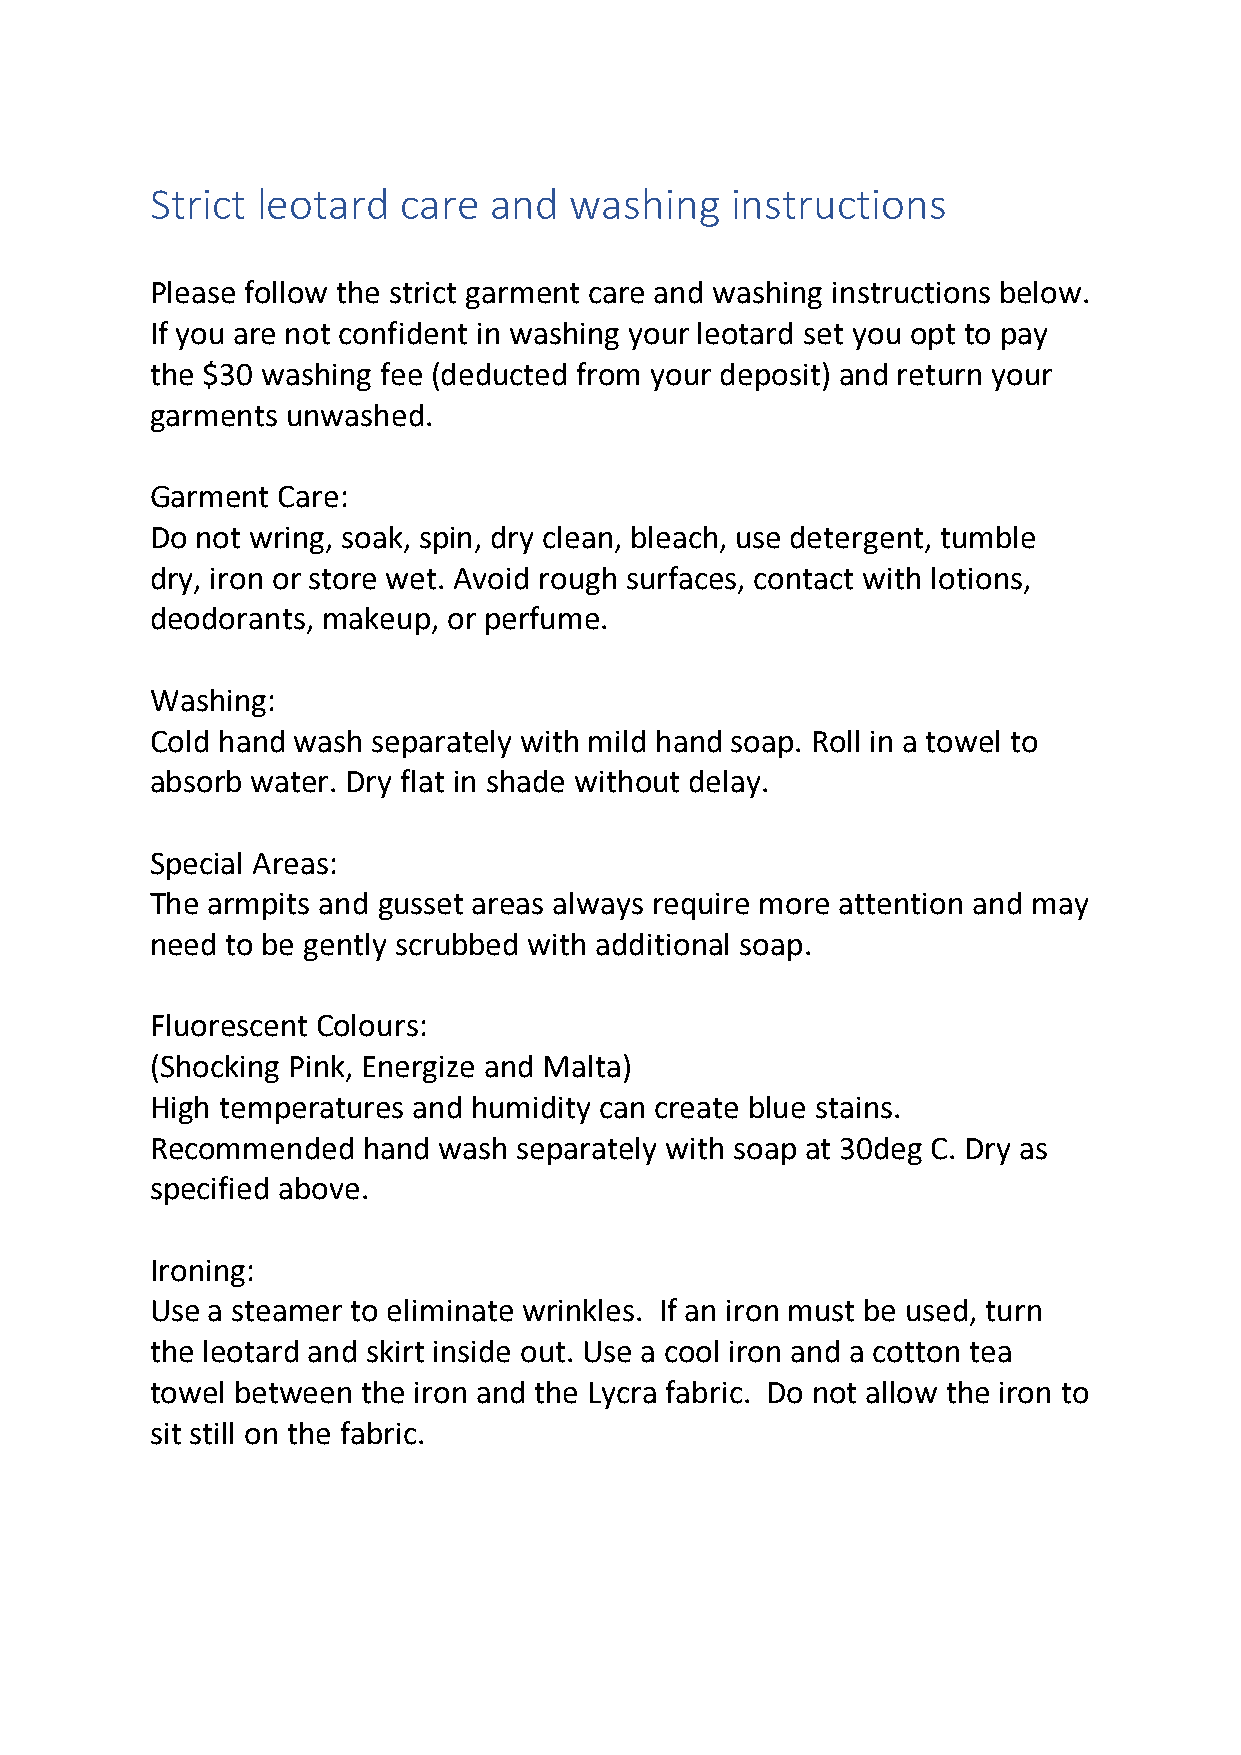
Strict leotard  care  and   washing   instructions
 Please follow the strict garment care and washing instructions below.
 If you are not confident in washing your leotard set you opt to pay
 the $30 washing fee (deducted from your deposit) and return your
 garments unwashed.
 Garment Care:
 Do not wring, soak, spin, dry clean, bleach, use detergent, tumble
 dry, iron or store wet. Avoid rough surfaces, contact with lotions,
 deodorants, makeup, or perfume.
 Washing:
 Cold hand wash separately with mild hand soap. Roll in a towel to
 absorb water. Dry flat in shade without delay.
 Special Areas:
 The armpits and gusset areas always require more attention and may
 need to be gently scrubbed with additional soap.
 Fluorescent Colours:
 (Shocking Pink, Energize and Malta)
 High temperatures and humidity can create blue stains.
 Recommended   hand wash separately with soap at 30deg C. Dry as
 specified above.
 Ironing:
 Use a steamer to eliminate wrinkles. If an iron must be used, turn
 the leotard and skirt inside out. Use a cool iron and a cotton tea
 towel between the iron and the Lycra fabric. Do not allow the iron to
 sit still on the fabric.